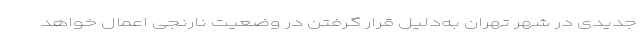
جدیدی در شهر تهران به‌دلیل قرار گرفتن در وضعیت نارنجی اعمال خواهد